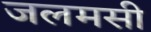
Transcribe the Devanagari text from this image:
जलमसी